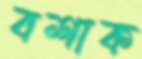
বশাক